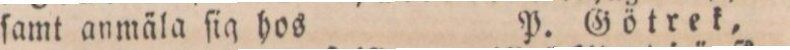
ſamt anmäla ſig hos    P. Götrek,